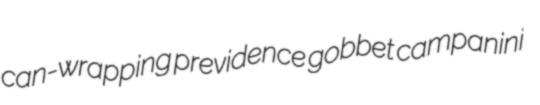
can-wrapping previdence gobbet campanini